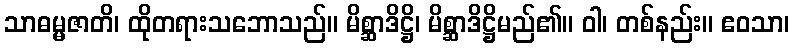
သာဓမ္မဇာတိ၊ ထိုတရားသဘောသည်။ မိစ္ဆာဒိဋ္ဌိ၊ မိစ္ဆာဒိဋ္ဌိမည်၏။ ဝါ၊ တစ်နည်း။ ဧဝသာ၊